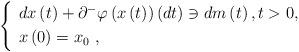
LaTeX: \begin{align*}\left\{\begin{array}{l}dx\left( t\right) +\partial^{-}\varphi\left( x\left( t\right) \right) \left(dt\right) \ni dm\left( t\right) ,t>0,\smallskip \\x\left( 0\right) =x_{0}~,\end{array}\right. \end{align*}